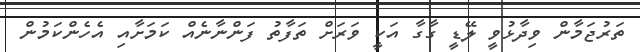
ތަރުޖަމާން ވިދާޅުވީ ލޭޑީ ގާގާ އަކީ ވަރަށް ތަފާތު ފަންނާނެއް ކަމަށާއި އެހެންކަމުން